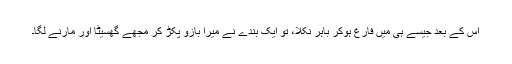
اس کے بعد جیسے ہی میں فارغ ہوکر باہر نکلا، تو ایک بندے نے میرا بازو پکڑ کر مجھے گھسیٹا اور مارنے لگا۔